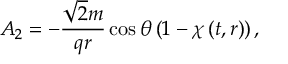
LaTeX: A _ { 2 } = - \frac { \sqrt { 2 } m } { q r } \cos \theta \left( 1 - \chi \left( t , r \right) \right) ,